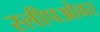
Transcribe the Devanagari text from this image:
स्लीपओवर